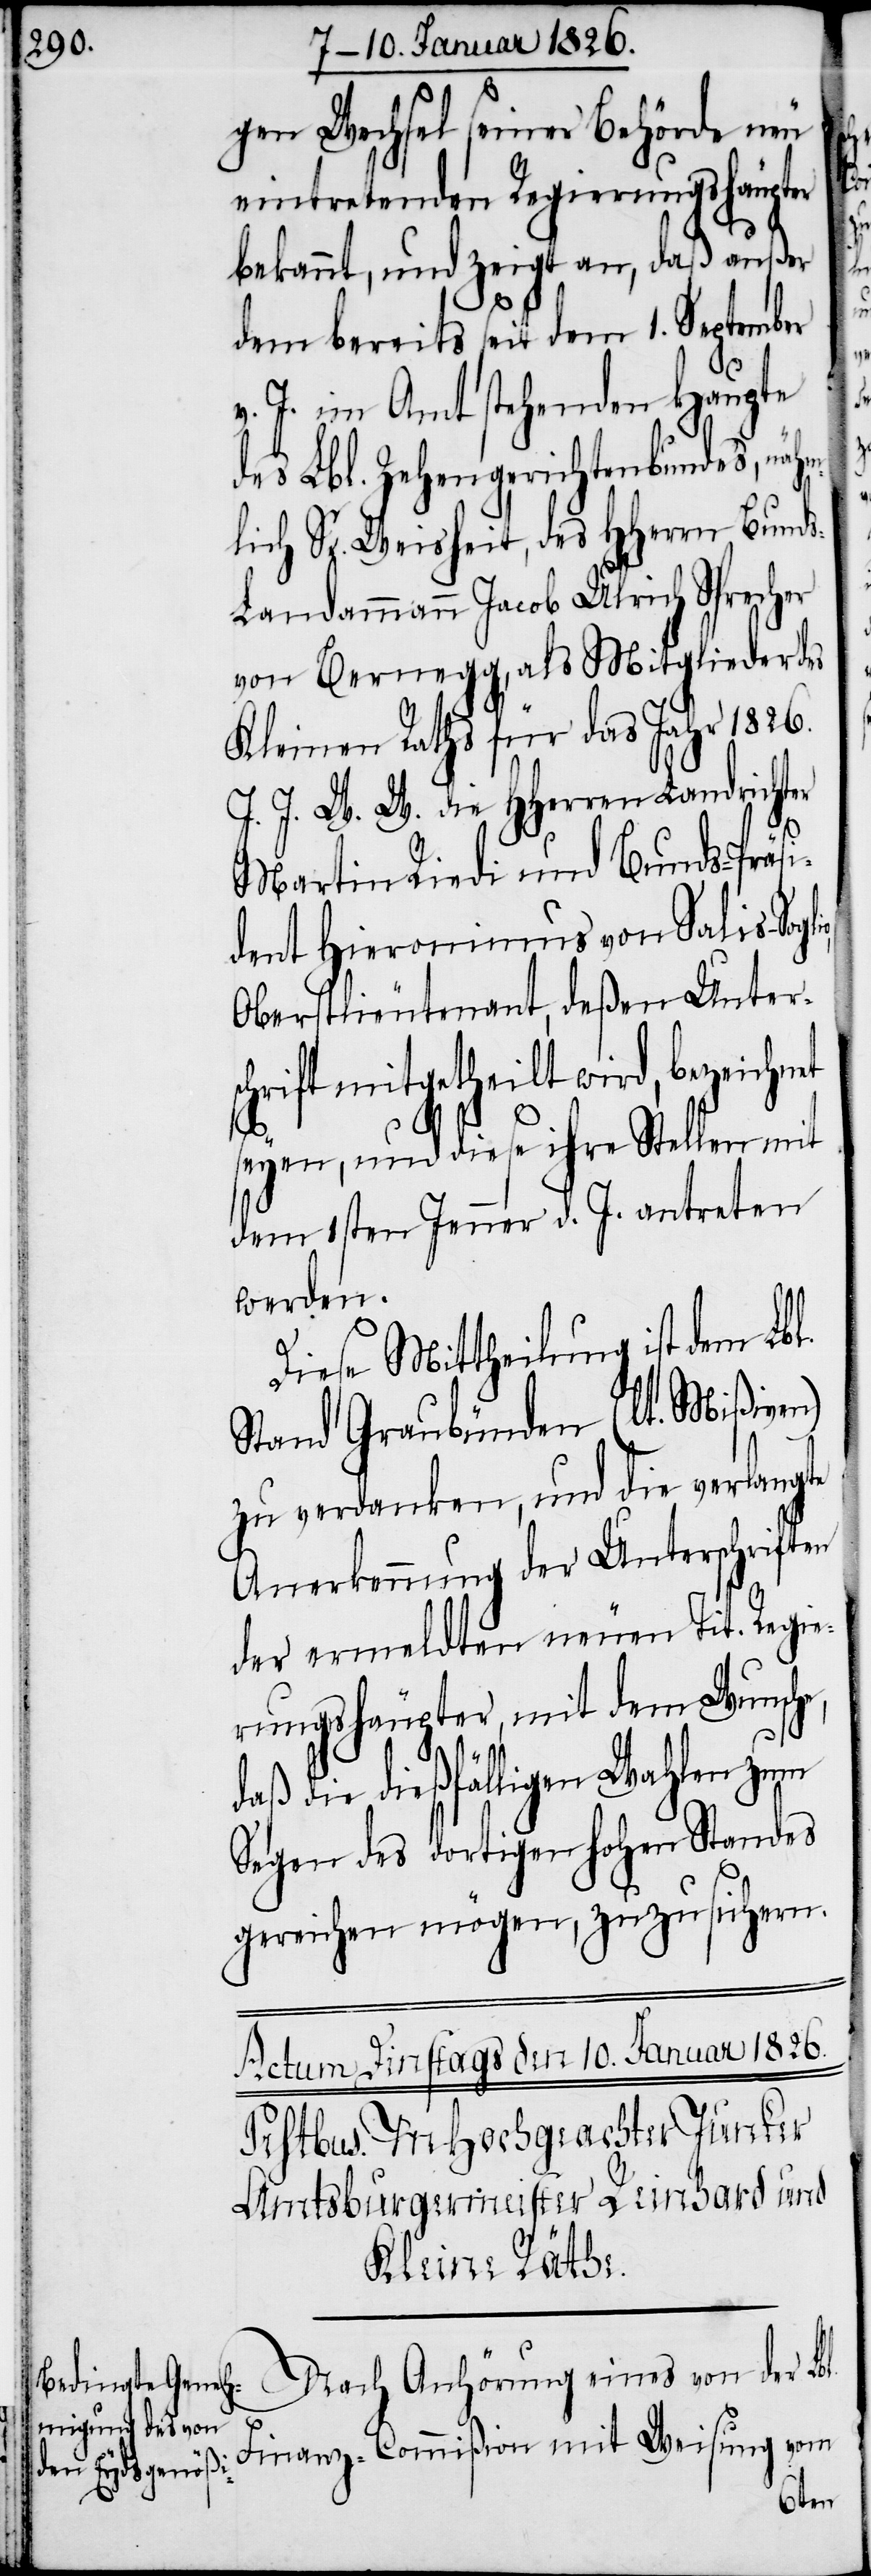
gen Wechsel seiner Behörde neu
eintretenden Regierungshäupter
bekannt, und zeigt an, daß außer
dem bereits seit dem 1. September
Lbl.
v. J. im Amt stehenden Haupte
des Lbl. Zehengerichtenbundes, nähm¬
lich Sr. Weisheit, des HHerrn Bund¬
s-Landammann Jacob Ulrich Sprecher
von Bernegg, als Mitglieder des
Kleinen Raths für das Jahr 1826.
I. I. W. W. die HHerren Landrichter
Martin Riedi und Bunds-Präsi¬
dent Hieronimus von Salis-Sogl¬
Oberstlieutenant, deßen Unters¬
chrift mitgetheilt wird, bezeichnet
seyen, und diese ihre Stellen mit
dem 1sten Jenner d. J. antreten
werden.
Diese Mittheilung ist dem Lbl.
Stand Graubünden (lt. Mißiven)
zu verdanken, und die verlangte
Anerkennung der Unterschriften
der ermeldten neuen Tit. Regie¬
rungshäupter, mit dem Wunsche,
daß die dießfälligen Wahlen zum
Segen des dortigen hohen Standes
gereichen mögen, zuzusichern.